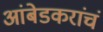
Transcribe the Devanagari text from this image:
आंबेडकरांचं